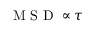
\mathrm { ~ M ~ S ~ D ~ } \propto \tau